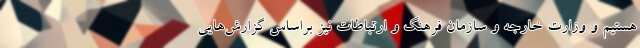
هستیم و وزارت خارجه و سازمان فرهنگ و ارتباطات نیز براساس گزارش‌هایی